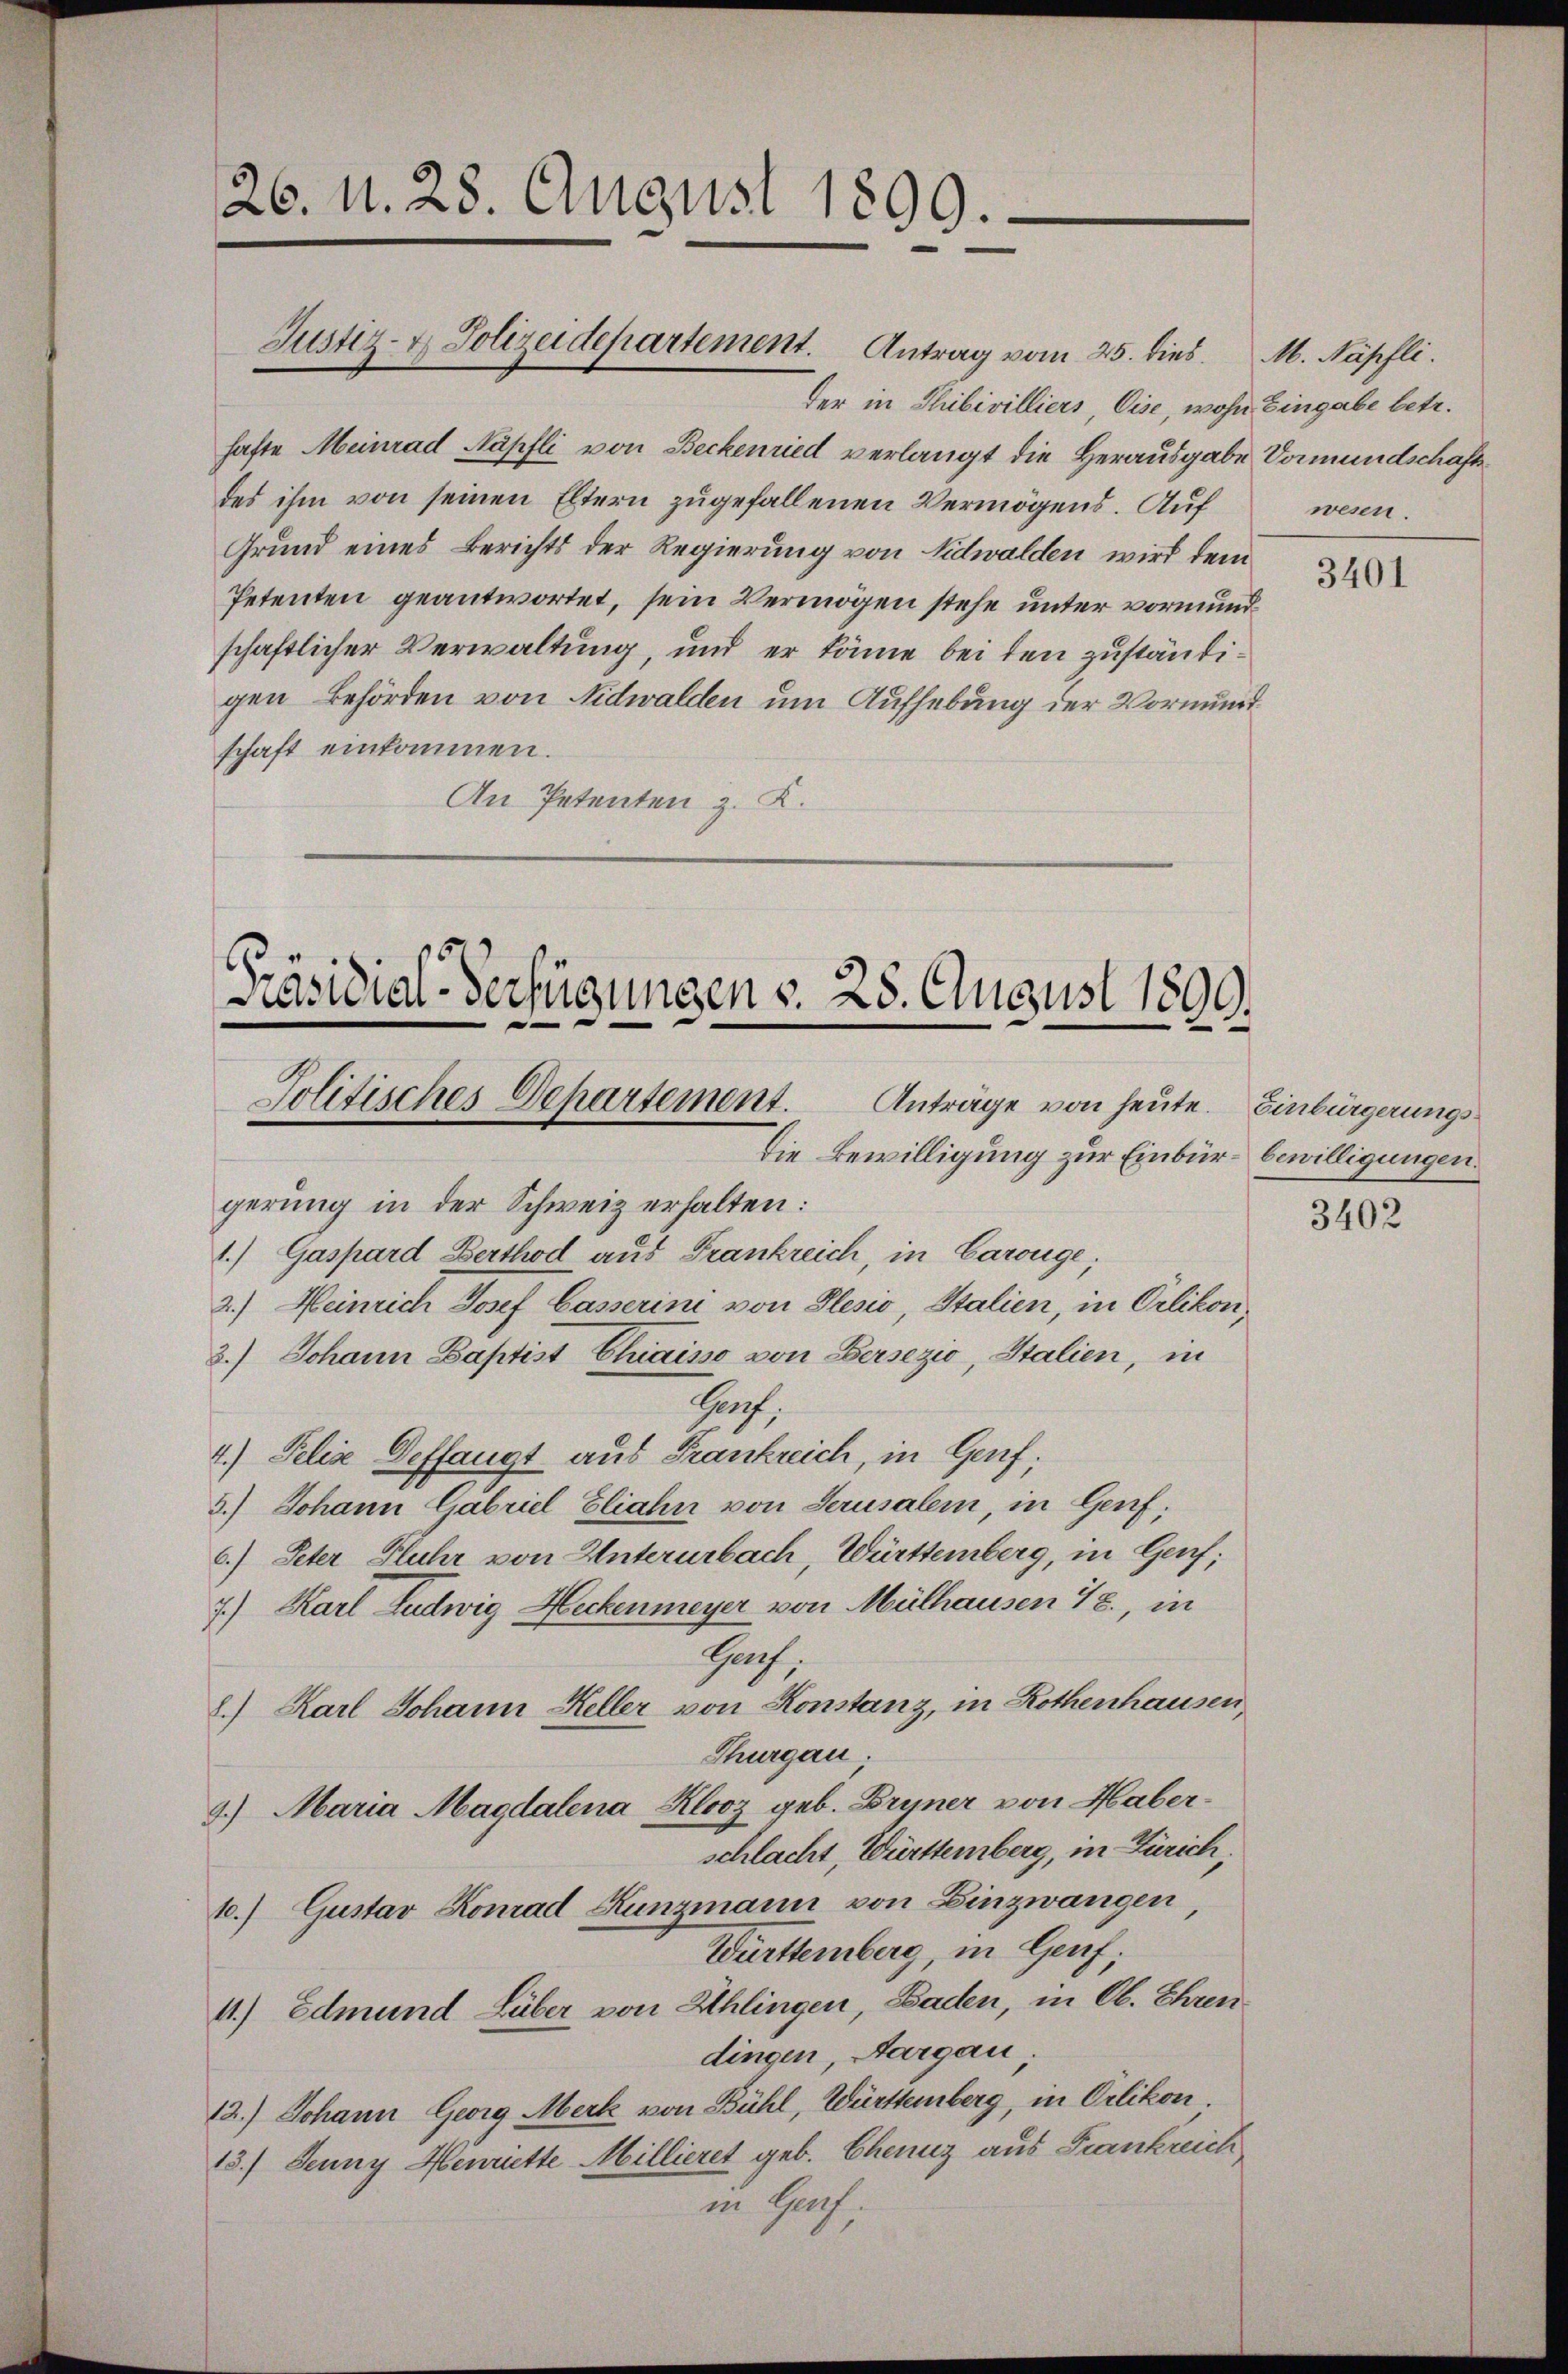
26. 11. 28. August 1890.

Justiz- & Polizeidepartement. Antrag vom 25. dies. M. Näpfli

der in Thibivilliers, Eise, wohn Eingabe betr.
hafte Meinrad Näpfli von Beckenried verlangt die Herausgabe Vormundschaftsdes ihm von seinen Eltern zugefallenen Vermögens. Auf
Grund eines Berichts der Regierung von Nidwalden wird dem
Petenten geantwortet, sein Vermögen stehe unter vormundschaftlicher Verwaltung, und er könne bei den zuständigen Behörden von Nidwalden um Aufhebung der Vormundschaft einkommen.
An Petenten z. K.

Präsidial-Verfügungen d. 25. August 1899.
Politisches Departement.
Anträge von heute. Einbürgerungs¬
Die Bewilligung zur Einbür- bewilligungen.

gerung in der Schweiz erhalten:
1.) Gaspard Berthod aus Frankreich, in Carouge;
2.) Heinrich Josef Casserini von Plesio, Stalien, in Orlikon,
3.) Johann Baptist Chaisse von Bersezio, Italien, in
Hrof.
4.) Felix Deffangt aus Frankreich, in Genf,
3.) Johann Gabriel Eliahn von Serusalem, in Genf;
6.) Peter Fluhr von Unterurbach, Württemberg, in Genf;
7) Karl Ludwig Heckenmeyer von Mülhausen 48, in
Hach,
8.) Karl Johann Heller von Konstanz, in Rothenhausen,
Thurgau.
9.) Maria Magdalena Kloz geb. Bryner von Haberschlacht, Württemberg, in Zürich,
10.) Gustav Konrad Kunzmann von Linzwangen,
Württemberg, in Genf;
1.) Edmund Lüber von Schlingen, Baden, in Ob. Ehren
dingen, Aargau
12.) Johann Georg Merk von Bühl, Württemberg, in Orlikon.
18.) Jenny Henriette Millieret geb. Chenuz aus Frankreich
in Genf.

wesen.

3401

3402